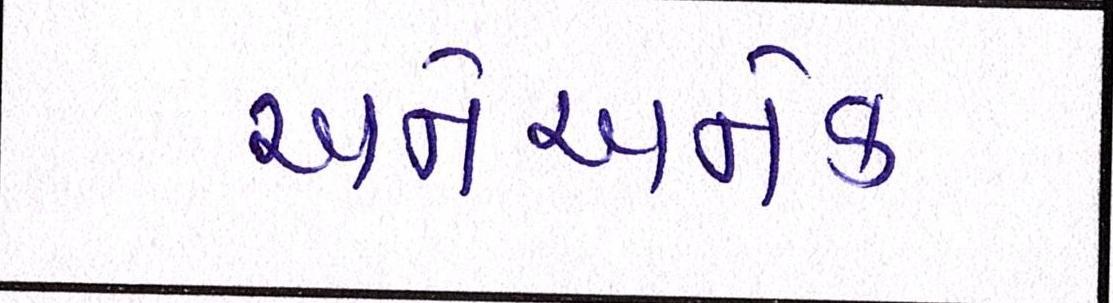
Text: અનેઅનેક